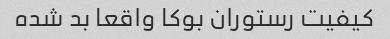
کیفیت رستوران بوکا واقعا بد شده